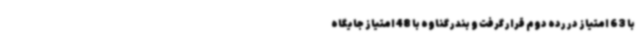
با 63 امتیاز در رده دوم قرار گرفت و بندر گناوه با 48 امتیاز جایگاه